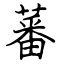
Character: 蕃